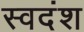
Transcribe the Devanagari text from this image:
स्वदंश